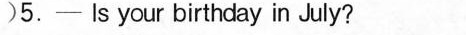
)5.——Is your birthday in July?